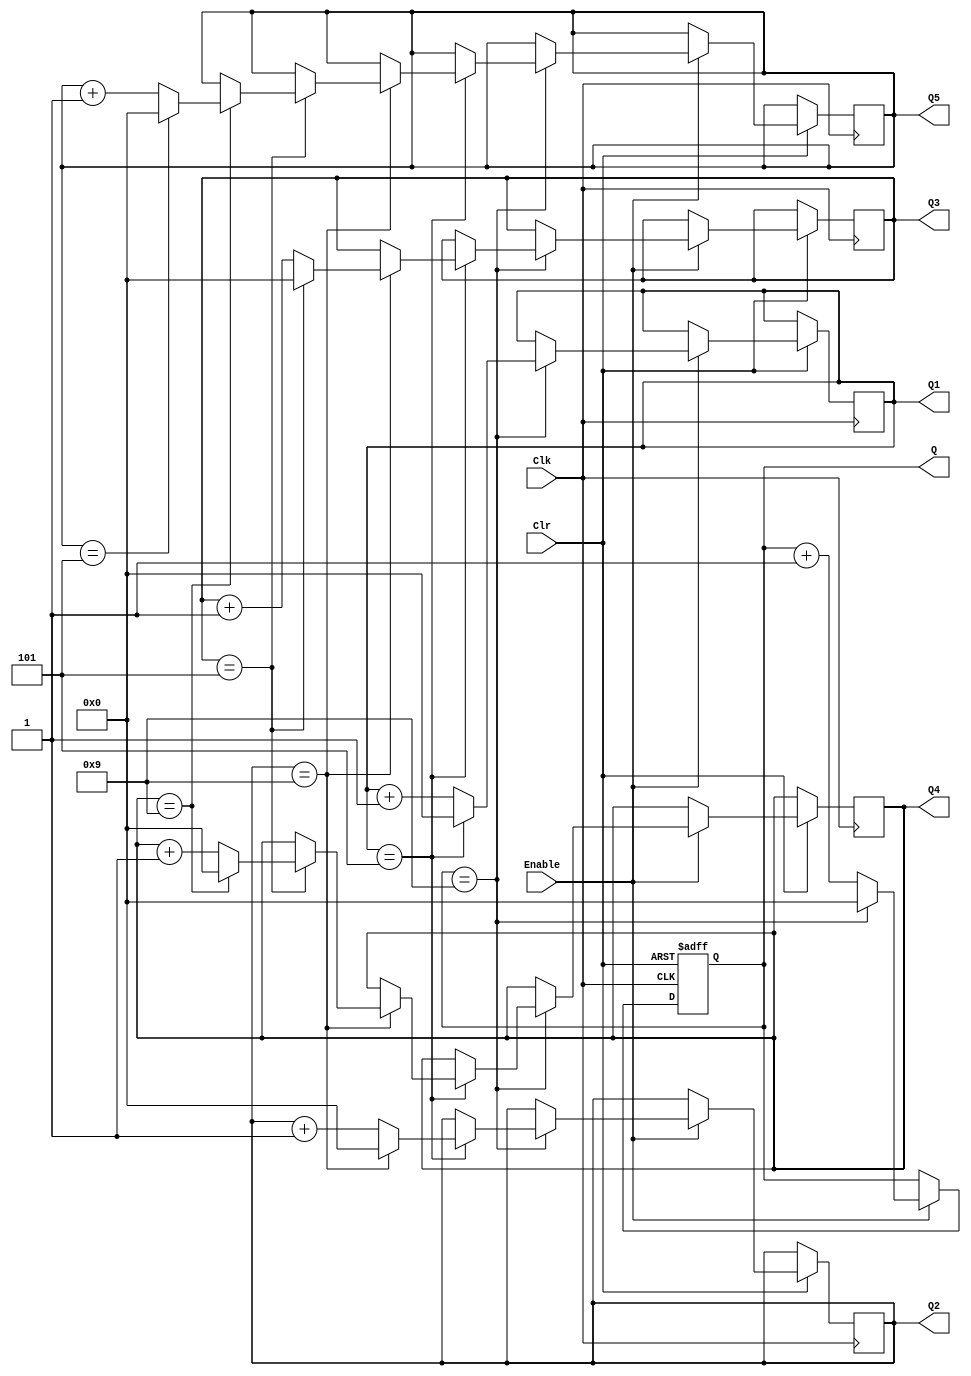
//Simple Counter

module counter_simple
#(parameter WIDTH =8)
(
	Enable,
	Clk,
	Clr,
	Q,
	Q1,
	Q2,
	Q3,
	Q4,
	Q5
);

	input Enable  ;
	input Clk, Clr ;
	output reg [WIDTH-1:0] Q, Q1, Q2, Q3, Q4, Q5;
	reg [WIDTH-1:0] i;

	always @(negedge Clr, posedge Clk)
	begin
		if (Clr == 1'b0) begin
			Q <= 0;	
		end
//		else if (Q == 4'b1010) begin
//			Q <= 0;
//		end
		else if (Enable) begin
			Q <= Q + 1;
			if(Q == 4'b1001) begin
				Q <= 0;
				Q1 <= Q1 + 1;
				
				if(Q1 == 4'b0101) begin
					Q1 <= 0;
					Q2 <= Q2 + 1;
					
					if(Q2 == 4'b1001) begin
						Q2 <= 0;
						Q3 <= Q3 + 1;
						
						if(Q3 == 4'b0101) begin
							Q3 <= 0;
							Q4 <= Q4 + 1;
							
							if(Q4 == 4'b1001) begin
								Q4 <= 0;
								Q5 <= Q5 + 1;
								
								if(Q5 == 4'b0101) begin
									Q5 <= 0;
								end
							end
						end
					end
				end
					
			end
		end
	end
	
//		always @(negedge Clr, Q, posedge Clk)
//	begin
//		if (Clr == 1'b0) begin
//			Q1 <= 0;	
//		end
//		else if (Q == 3'b101) begin
//			Q1 <= 0;
//		end
//		else if (Enable) begin
//			Q1 <= Q1 + 1;
//		end
//	end
endmodule